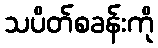
သပိတ်စခန်းကို